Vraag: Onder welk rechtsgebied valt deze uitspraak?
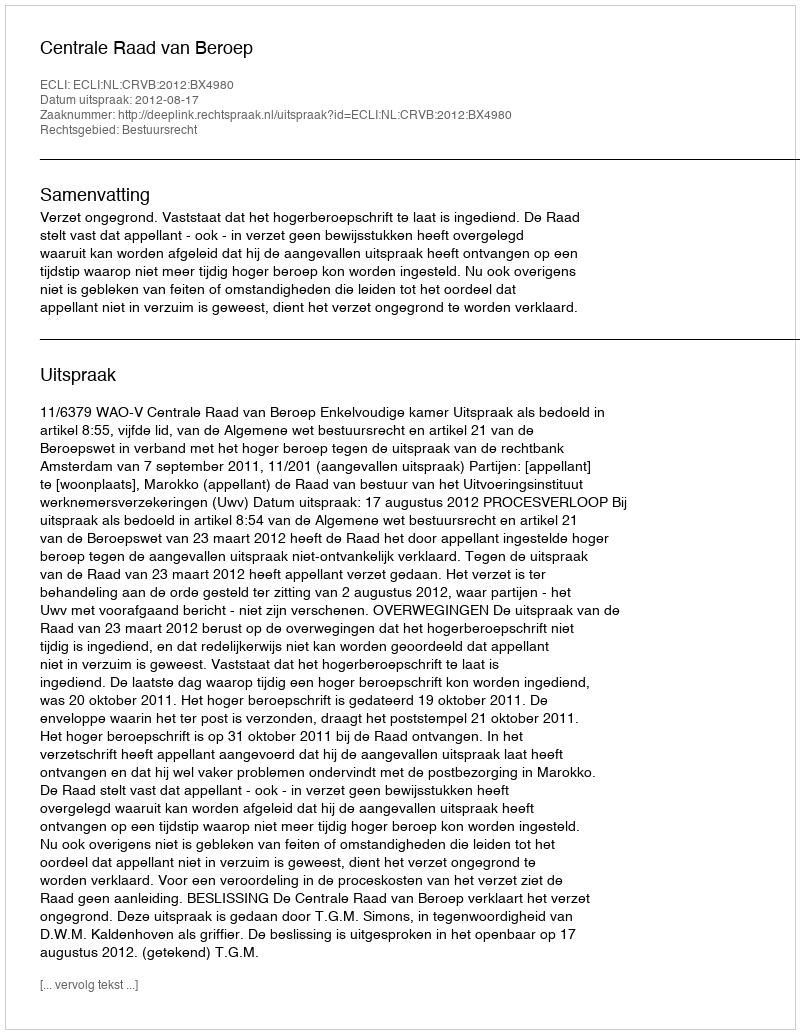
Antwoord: Bestuursrecht